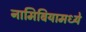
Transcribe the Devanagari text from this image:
नामिबियामध्ये